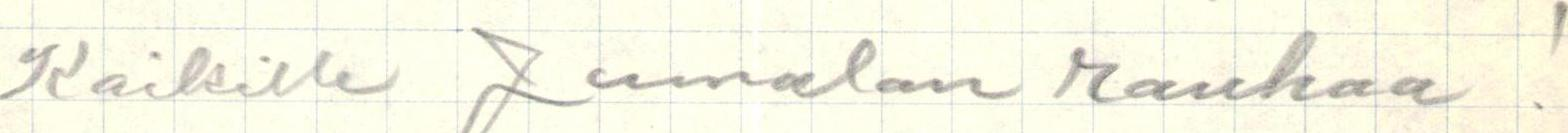
Kaikille Jumalan rauhaa !